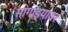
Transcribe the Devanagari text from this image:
सांगाड्यावर